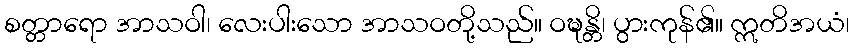
စတ္တာရော အာသဝါ၊ လေးပါးသော အာသဝတို့သည်။ ဝဍ္ဎန္တိ၊ ပွားကုန်၏။ ဣတိအယံ၊